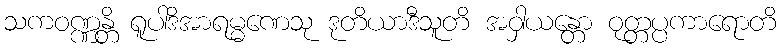
သကဝဏ္ဏန္တိ ရူပါဒိအာရမ္မဏေသု ဒုတိယာဒီသူတိ အဝှါယန္တော ဝုတ္တပ္ပကာရောတိ